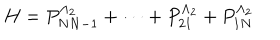
LaTeX: H = P _ { N N - 1 } ^ { \Lambda _ { 2 } } + \dots + P _ { 2 1 } ^ { \Lambda _ { 2 } } + P _ { 1 N } ^ { \Lambda _ { 2 } }